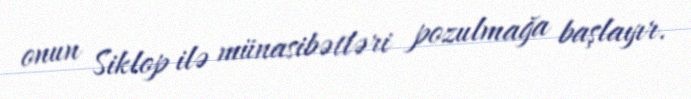
onun Siklop ilə münasibətləri pozulmağa başlayır.